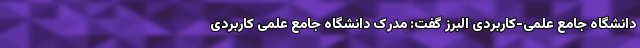
دانشگاه جامع علمی-کاربردی البرز گفت: مدرک دانشگاه جامع علمی کاربردی